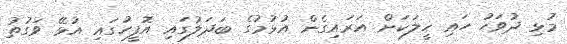
މުޅި ދުވަހު ހައި ހީލަކަށް އަރައިގެން އުޅުމުގެ ބަދަލުގައި އޮފީހުގައި އުޅޭ ވަގުތު